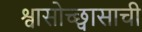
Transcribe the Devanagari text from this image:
श्वासोच्छ्वासाची